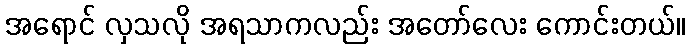
အရောင် လှသလို အရသာကလည်း အတော်လေး ကောင်းတယ်။